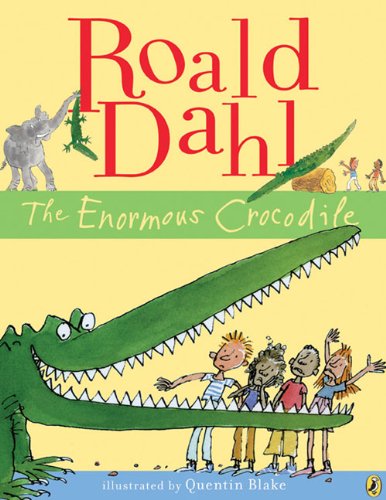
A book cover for The Enormous Crocodile; Roald Dahl; Children's Books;